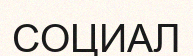
СОЦИАЛ